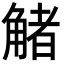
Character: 觰